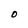
Character: O